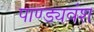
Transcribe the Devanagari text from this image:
पाण्ड्यवंश